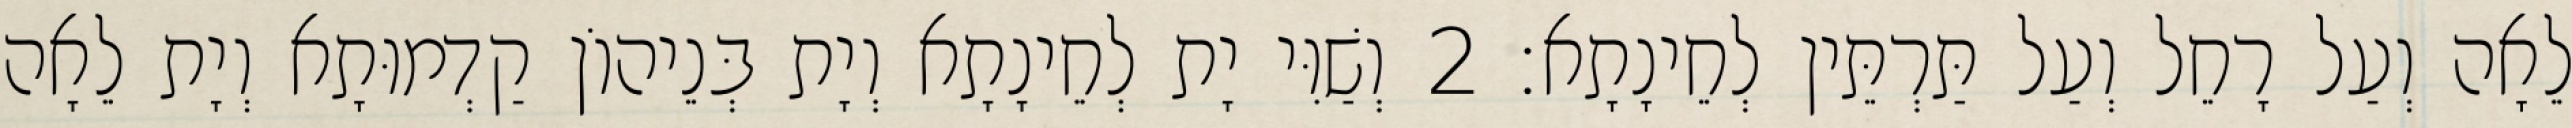
לֵאָה וְעַל רָחֵל וְעַל תַּרְתֵּין לְחֵינָתָא׃ 2 וְשַׁוִּי יָת לְחֵינָתָא וְיָת בְּנֵיהוֹן קַדְמוּתָא וְיָת לֵאָה